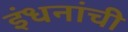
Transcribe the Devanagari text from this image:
इंधनांची